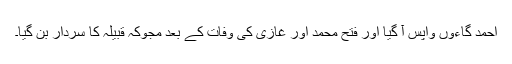
احمد گاءوں واپس آ گیا اور فتح محمد اور غازی کی وفات کے بعد مجوکہ قبیلہ کا سردار بن گیا۔